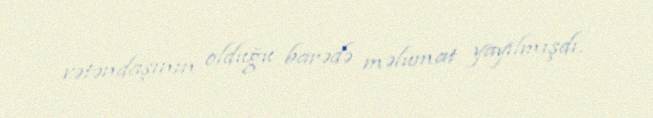
vətəndaşının olduğu barədə məlumat yayılmışdı.